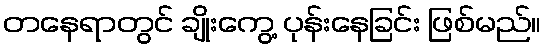
တနေရာတွင် ချိုးကွေ့ ပုန်းနေခြင်း ဖြစ်မည်။